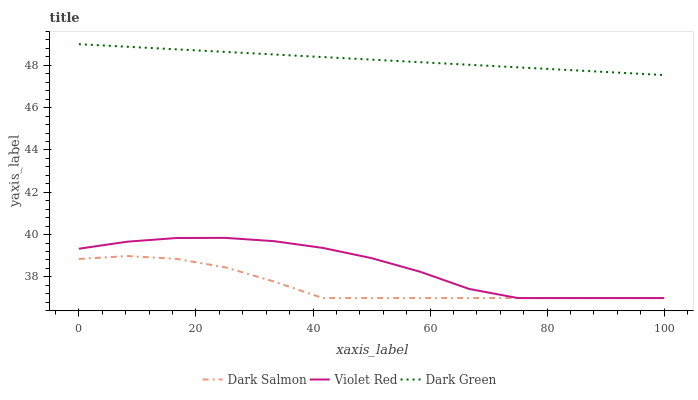
| xaxis_label | Dark Salmon | Violet Red | Dark Green |
 | --- | --- | --- | --- |
 | 0 | 38.8 | 39.3 | 49 |
 | 8.33 | 39 | 39.7 | 48.9 |
 | 16.7 | 38.9 | 39.8 | 48.8 |
 | 25 | 38.5 | 39.8 | 48.6 |
 | 33.3 | 37.8 | 39.7 | 48.5 |
 | 41.7 | 37 | 39.4 | 48.4 |
 | 50 | 37 | 38.9 | 48.3 |
 | 58.3 | 37 | 38.2 | 48.1 |
 | 66.7 | 37 | 37.4 | 48 |
 | 75 | 37 | 37 | 47.9 |
 | 83.3 | 37 | 37 | 47.8 |
 | 91.7 | 37 | 37 | 47.7 |
 | 100 | 37 | 37 | 47.5 |